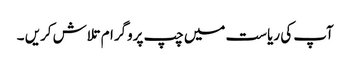
آپ کی ریاست میں چپ پروگرام تلاش کریں ۔